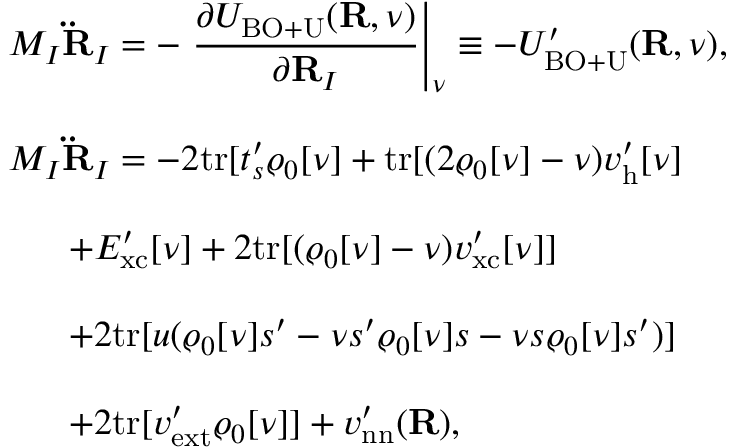
\begin{array} { l } { { \displaystyle M _ { I } { \bf \ddot { R } } _ { I } = - \left. \frac { \partial { \cal U } _ { \mathrm { B O + U } } ( { \bf R } , \nu ) } { \partial { \bf R } _ { I } } \right\vert _ { \nu } \equiv - { \cal U } _ { \mathrm { B O + U } } ^ { \prime } ( { \bf R } , \nu ) , } } \\ { ~ ~ } \\ { { \displaystyle M _ { I } { \bf \ddot { R } } _ { I } = - 2 \mathrm { t r } [ t _ { s } ^ { \prime } \varrho _ { 0 } [ \nu ] + \mathrm { t r } [ ( 2 \varrho _ { 0 } [ \nu ] - \nu ) v _ { \mathrm { h } } ^ { \prime } [ \nu ] } } \\ { ~ ~ } \\ { { \displaystyle ~ ~ ~ ~ ~ + E _ { \mathrm { x c } } ^ { \prime } [ \nu ] + 2 \mathrm { t r } [ ( \varrho _ { 0 } [ \nu ] - \nu ) v _ { \mathrm { x c } } ^ { \prime } [ \nu ] ] } } \\ { ~ ~ } \\ { { \displaystyle ~ ~ ~ ~ ~ + 2 \mathrm { t r } [ u ( \varrho _ { 0 } [ \nu ] s ^ { \prime } - \nu s ^ { \prime } \varrho _ { 0 } [ \nu ] s - \nu s \varrho _ { 0 } [ \nu ] s ^ { \prime } ) ] } } \\ { ~ ~ } \\ { { \displaystyle ~ ~ ~ ~ ~ + 2 \mathrm { t r } [ v _ { \mathrm { e x t } } ^ { \prime } \varrho _ { 0 } [ \nu ] ] + v _ { \mathrm { n n } } ^ { \prime } ( { \bf R } ) } , } \end{array}